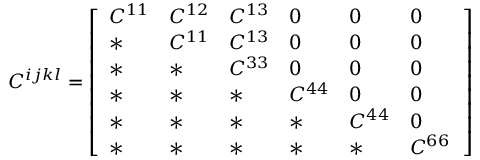
C ^ { i j k l } = \left[ \begin{array} { l l l l l l } { C ^ { 1 1 } } & { C ^ { 1 2 } } & { C ^ { 1 3 } } & { 0 } & { 0 } & { 0 } \\ { * } & { C ^ { 1 1 } } & { C ^ { 1 3 } } & { 0 } & { 0 } & { 0 } \\ { * } & { * } & { C ^ { 3 3 } } & { 0 } & { 0 } & { 0 } \\ { * } & { * } & { * } & { C ^ { 4 4 } } & { 0 } & { 0 } \\ { * } & { * } & { * } & { * } & { C ^ { 4 4 } } & { 0 } \\ { * } & { * } & { * } & { * } & { * } & { C ^ { 6 6 } \, } \end{array} \right]